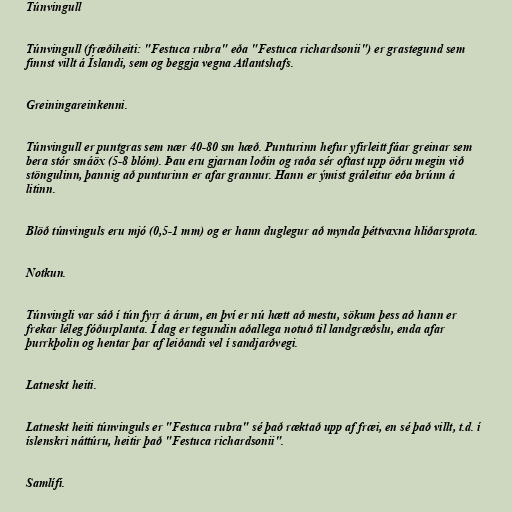
Túnvingull

Túnvingull (fræðiheiti: "Festuca rubra" eða "Festuca richardsonii") er grastegund sem
finnst villt á Íslandi, sem og beggja vegna Atlantshafs.

Greiningareinkenni.

Túnvingull er puntgras sem nær 40-80 sm hæð. Punturinn hefur yfirleitt fáar greinar sem
bera stór smáöx (5-8 blóm). Þau eru gjarnan loðin og raða sér oftast upp öðru megin við
stöngulinn, þannig að punturinn er afar grannur. Hann er ýmist gráleitur eða brúnn á
litinn.

Blöð túnvinguls eru mjó (0,5-1 mm) og er hann duglegur að mynda þéttvaxna hliðarsprota.

Notkun.

Túnvingli var sáð í tún fyrr á árum, en því er nú hætt að mestu, sökum þess að hann er
frekar léleg fóðurplanta. Í dag er tegundin aðallega notuð til landgræðslu, enda afar
þurrkþolin og hentar þar af leiðandi vel í sandjarðvegi.

Latneskt heiti.

Latneskt heiti túnvinguls er "Festuca rubra" sé það ræktað upp af fræi, en sé það villt, t.d. í
íslenskri náttúru, heitir það "Festuca richardsonii".

Samlífi.